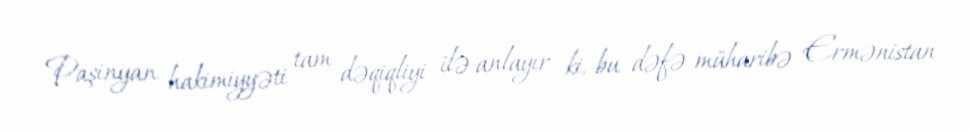
Paşinyan hakimiyyəti tam dəqiqliyi ilə anlayır ki, bu dəfə müharibə Ermənistan